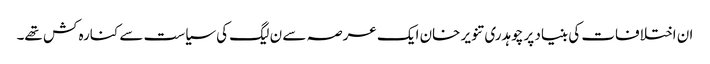
ان اختلافات کی بنیاد پر چوہدری تنویر خان ایک عرصہ سے ن لیگ کی سیاست سے کنارہ کش تھے۔